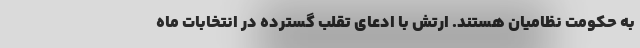
به حکومت نظامیان هستند. ارتش با ادعای تقلب گسترده در انتخابات ماه